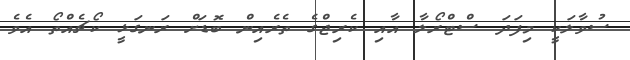
ސުވާލަކީ މިފަދަ ސްޓްރޯލާ އާއި ކެރިޖްގެ ތެރެއިން ބޮޑަށް ރަނގަޅީ ކޯޗެއްތޯ އެވެ